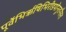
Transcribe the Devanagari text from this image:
पूर्वेभिर्ऋषिभिरीडयोनूतनैरुत